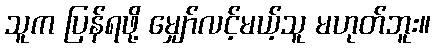
သူက ပြန်ရဖို့ မျှော်လင့်မယ့်သူ မဟုတ်ဘူး။